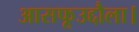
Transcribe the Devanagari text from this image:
आसफूउद्दौला।